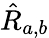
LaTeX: \hat{R}_{a,b}